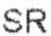
SR